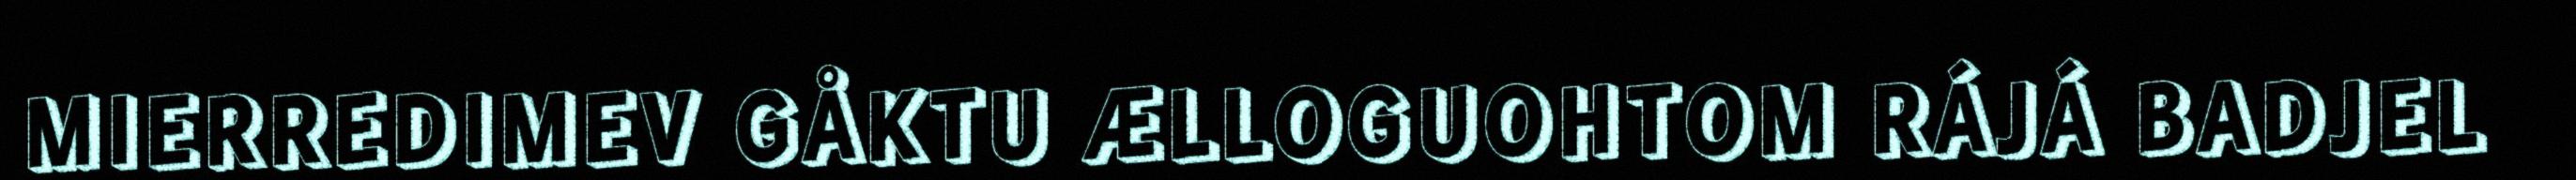
MIERREDIMEV GÅKTU ÆLLOGUOHTOM RÁJÁ BADJEL